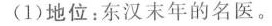
(1)地位：东汉末年的名医。